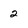
Character: 2